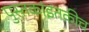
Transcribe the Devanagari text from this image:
पुस्तकांइतकीच